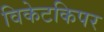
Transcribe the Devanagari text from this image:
विकेटकिपर